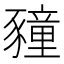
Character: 䝑